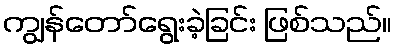
ကျွန်တော်ရွေးခဲ့ခြင်း ဖြစ်သည်။